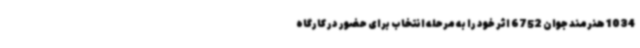
1034 هنرمند جوان 6752 اثر خود را به مرحله انتخاب برای حضور در کارگاه